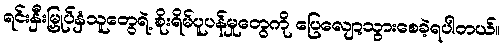
ရင်းနှီးမြှုပ်နှံသူတွေရဲ့ စိုးရိမ်ပူပန်မှုတွေကို ပြေလျော့သွားစေခဲ့ရပါတယ်။